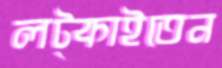
লট্‌কাইতেন